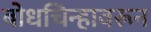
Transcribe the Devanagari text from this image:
बोधचिन्हावरून